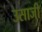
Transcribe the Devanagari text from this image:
उसाजी